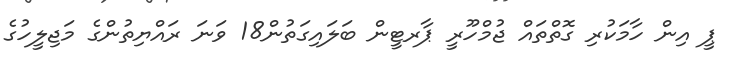
ޕީ އިން ހާމަކުރި ގޮތްތައް ޖުމްހޫރީ ޕާރޓީން ބަލައިގަތުން18 ވަނަ ރައްޔިތުންގެ މަޖިލީހުގެ